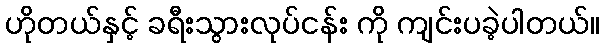
ဟိုတယ်နှင့် ခရီးသွားလုပ်ငန်း ကို ကျင်းပခဲ့ပါတယ်။